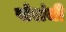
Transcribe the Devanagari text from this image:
पोरांची